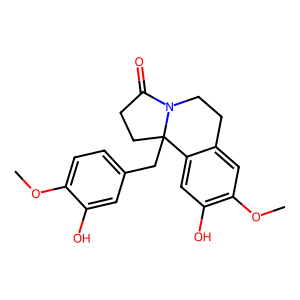
SMILES: COc1ccc(CC23CCC(=O)N2CCc2cc(OC)c(O)cc23)cc1O
Inhibits HIV replication: No